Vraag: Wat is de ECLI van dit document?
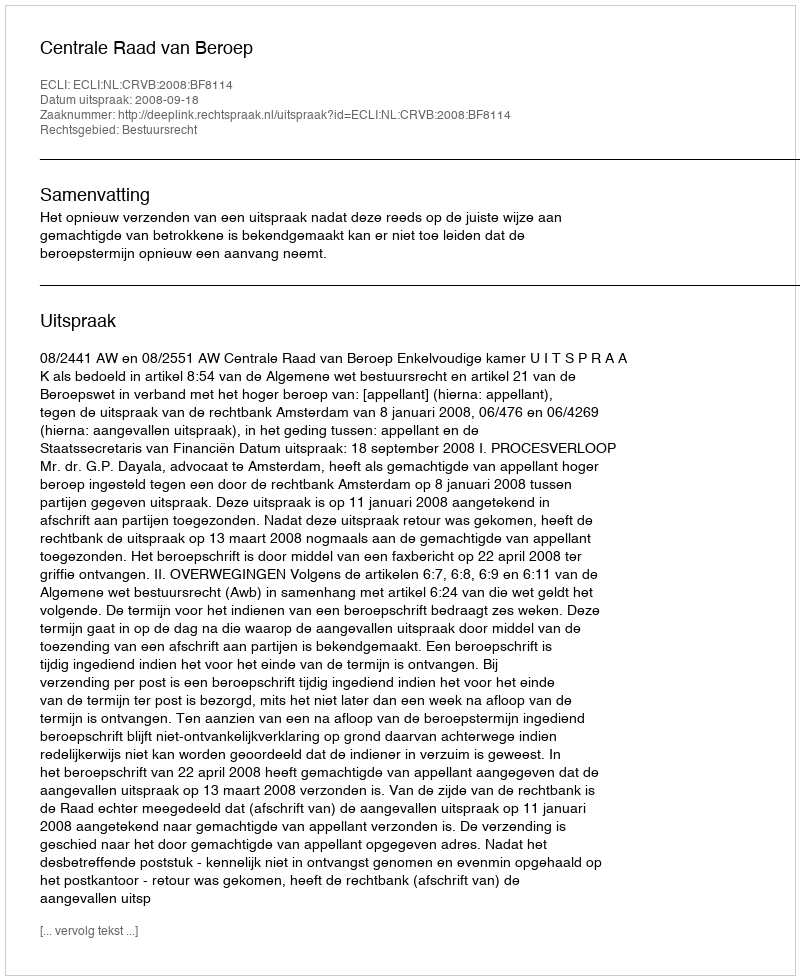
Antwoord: ECLI:NL:CRVB:2008:BF8114